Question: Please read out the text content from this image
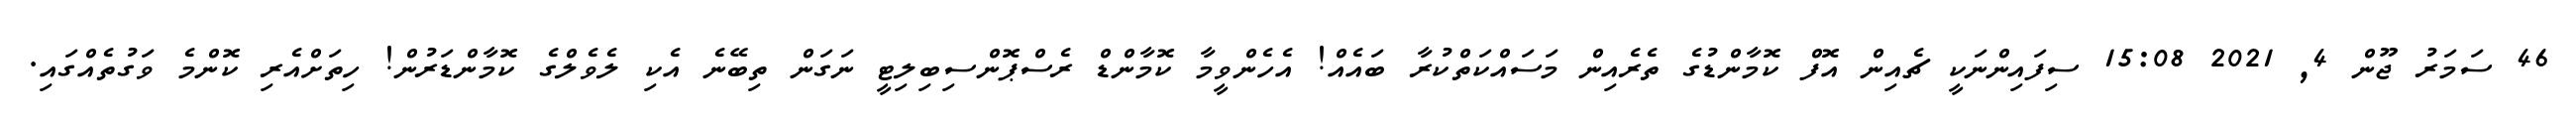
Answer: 46 ސަމަރު ޖޫން 4, 2021 15:08 ސިފައިންނަކީ ޗެއިން އޮފް ކޮމާންޑުގެ ތެރެއިން މަސައްކަތްކުރާ ބައެއް! އެހެންވީމާ ކޮމާންޑް ރެސްޕޮންސިބިލިޓީ ނަގަން ތިބޭނެ އެކި ލެވެލްގެ ކޮމާންޑަރުން! ހިތަށްއެރި ކޮންމެ ވަގުތެއްގައި.